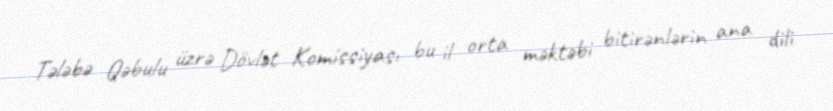
Tələbə Qəbulu üzrə Dövlət Komissiyası bu il orta məktəbi bitirənlərin ana dili